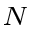
_ { N }